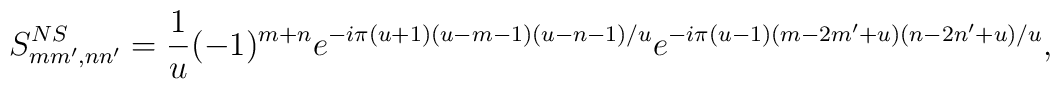
S^{NS}_{mm',nn'}=\frac{1}{u} (-1)^{m+n}e^{-i\pi(u+1)(u-m-1)(u-n-1)/u} e^{-i\pi(u-1)(m-2m'+u)(n-2n'+u)/u},